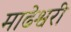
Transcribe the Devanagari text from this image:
माढेश्वरी